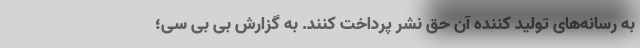
به رسانه‌های تولید کننده آن حق نشر پرداخت کنند. به گزارش بی بی سی؛